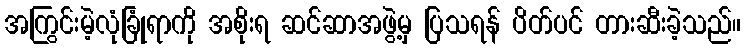
အကြွင်းမဲ့လုံခြုံရာကို အစိုးရ ဆင်ဆာအဖွဲ့မှ ပြသရန် ပိတ်ပင် တားဆီးခဲ့သည်။